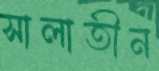
সালাতীন